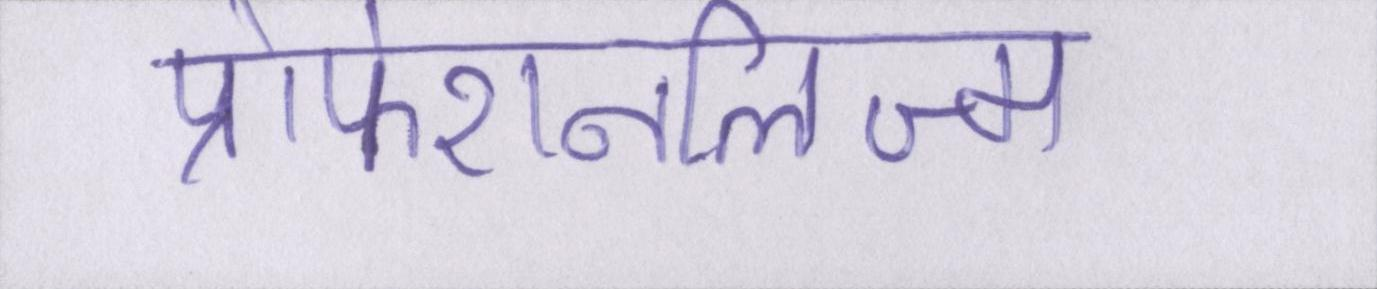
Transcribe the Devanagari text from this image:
प्रोफेशनलिज्म